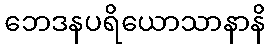
ဘေဒနပရိယောသာနာနိ